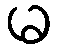
မ